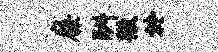
廉酬徼於